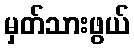
မှတ်သားဖွယ်